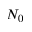
N _ { 0 }